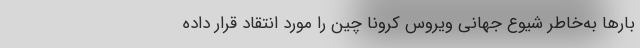
بارها به‌خاطر شیوع جهانی ویروس کرونا چین را مورد انتقاد قرار داده